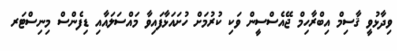
ވިދާޅުވީ ޤާސިމް އިބްރާހިމް ޖޭއެސްސީން ވަކި ކުރުމަށް ހުށައަޅާފައިވާ މައްސަލައާއި ޑިފެންސް މިނިސްޓަރ